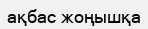
ақбас жоңышқа